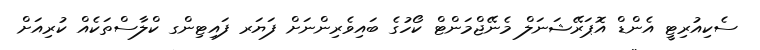
ސެކިއުރިޓީ އެންޑް އޮޕަރޭޝަނަލް މެނޭޖްމަންޓް ކޯހުގެ ބައިވެރިންނަށް ފަޔަރ ފައިޓިންގ ކްލާސްތަކެއް ކުރިއަށް